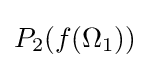
\textstyle P_{2}(f(\Omega _{1}))